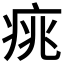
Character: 𤶃